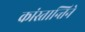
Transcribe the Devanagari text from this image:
कांस्तान्तिने